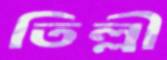
তিল্লী